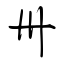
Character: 卅